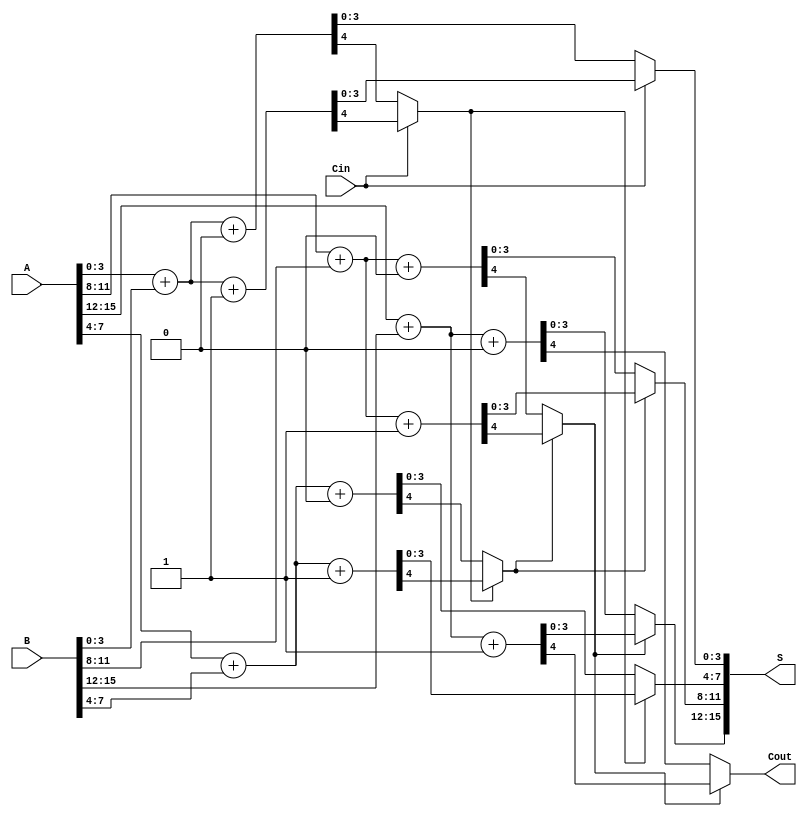
module RCCS_Adder #(parameter N = 16, // Total number of bits
                     parameter G = 4)  // Group size
                   (
                     input  [N-1:0] A,   // First operand
                     input  [N-1:0] B,   // Second operand
                     input          Cin,  // Carry input
                     output [N-1:0] S,    // Sum output
                     output         Cout   // Carry output
                   );

    // Number of groups
    localparam NUM_GROUPS = N / G;

    // Internal wires for sum and carry
    wire [G-1:0] sum0 [0:NUM_GROUPS-1]; // Sum outputs for Cin = 0
    wire [G-1:0] sum1 [0:NUM_GROUPS-1]; // Sum outputs for Cin = 1
    wire        carry0 [0:NUM_GROUPS-1]; // Carry outputs for Cin = 0
    wire        carry1 [0:NUM_GROUPS-1]; // Carry outputs for Cin = 1
    wire        carry_out [0:NUM_GROUPS-1]; // Carry out from each group

    genvar i, j;

    // Generate the groups of adders
    generate
        for (i = 0; i < NUM_GROUPS; i = i + 1) begin : GROUP
            // Define the bit range for the current group
            wire [G-1:0] A_group = A[(i*G) +: G];
            wire [G-1:0] B_group = B[(i*G) +: G];

            // Full adders for Cin = 0
            assign {carry0[i], sum0[i]} = A_group + B_group + 1'b0;

            // Full adders for Cin = 1
            assign {carry1[i], sum1[i]} = A_group + B_group + 1'b1;

            // Select the appropriate carry and sum for the current group
            if (i == 0) begin
                // For the first group, use the initial Cin
                assign S[(i*G) +: G] = Cin ? sum1[i] : sum0[i];
                assign carry_out[i] = Cin ? carry1[i] : carry0[i];
            end else begin
                // For subsequent groups, select based on the previous group's carry_out
                assign S[(i*G) +: G] = carry_out[i-1] ? sum1[i] : sum0[i];
                assign carry_out[i] = carry_out[i-1] ? carry1[i] : carry0[i];
            end
        end
    endgenerate

    // Final carry out
    assign Cout = carry_out[NUM_GROUPS-1];

endmodule